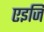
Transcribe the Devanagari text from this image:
एइजि